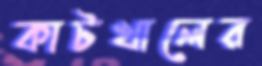
কাটখালের